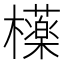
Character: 𣟿